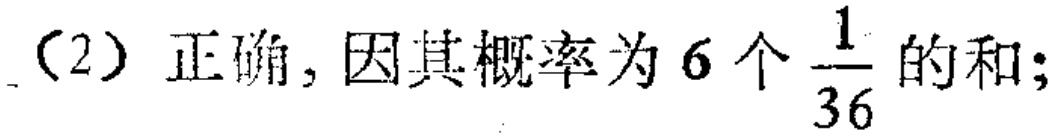
（2）正确, 因其概率为 6 个 $\frac{1}{36}$ 的和;